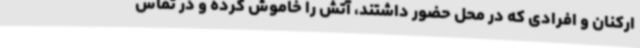
ارکنان و افرادی که در محل حضور داشتند، آتش را خاموش کرده و در تماس